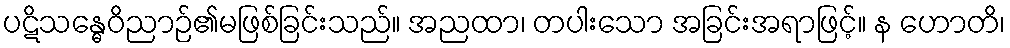
ပဋိသန္ဓေဝိညာဉ်၏မဖြစ်ခြင်းသည်။ အညထာ၊ တပါးသော အခြင်းအရာဖြင့်။ န ဟောတိ၊